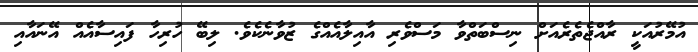
އުމޭރުއަކީ ރާއްޖެތެރެއަށް ނިސްބަތްވާ މަސްވެރި އާއިލާއެއްގެ ޒުވާނެކެވެ. ލިބޭ ހުރިހާ ފައިސާއެއް އޭނައާއި